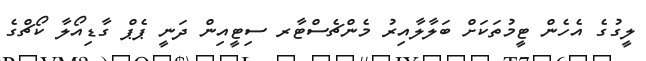
ލީގުގެ އެހެން ޓީމުތަކަށް ބަލާލާއިރު މެންޗެސްޓާރ ސިޓީއިން ދަނީ ޕެޕް ގާޑިއޯލާ ކޯޗްގެ